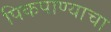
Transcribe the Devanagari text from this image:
पिकपाण्याचा